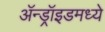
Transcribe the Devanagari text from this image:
ॲन्ड्रॉइडमध्ये